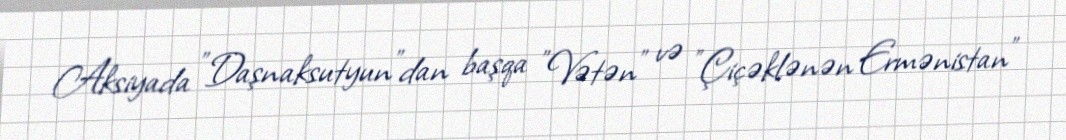
Aksiyada "Daşnaksutyun"dan başqa "Vətən" və "Çiçəklənən Ermənistan"